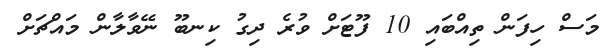
މަސް ހިފަން ތިއްބައިި 10 ފޫޓަށް ވުރެ ދިގު ކިނބޫ ނޭވާލާން މައްޗަށް